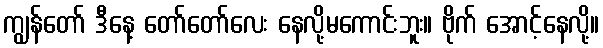
ကျွန်တော် ဒီနေ့ တော်တော်လေး နေလို့မကောင်းဘူး။ ဗိုက် အောင့်နေလို့။